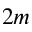
2 m